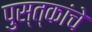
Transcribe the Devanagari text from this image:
पुस्त्कांचे